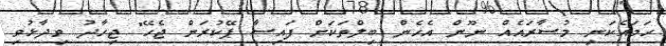
ހަމައެކަނި މުސާރައެއް ނޫން އެހެން ބިލްތަކަށް ފައިސާ ޕޭކުރަން ޖެހޭ" ޖިހާދު ވިދާޅުވި